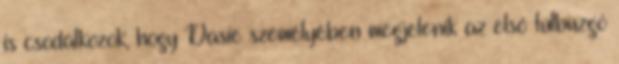
is csodálkozok, hogy Dasie személyében megjelenik az első túlbuzgó